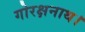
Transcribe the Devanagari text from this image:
गोरक्षनाथ।